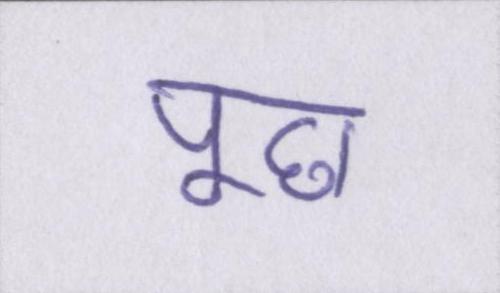
पूछ